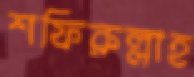
শফিরুল্লাহ